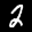
Digit: 2